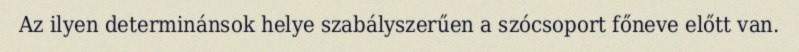
Az ilyen determinánsok helye szabályszerűen a szócsoport főneve előtt van.